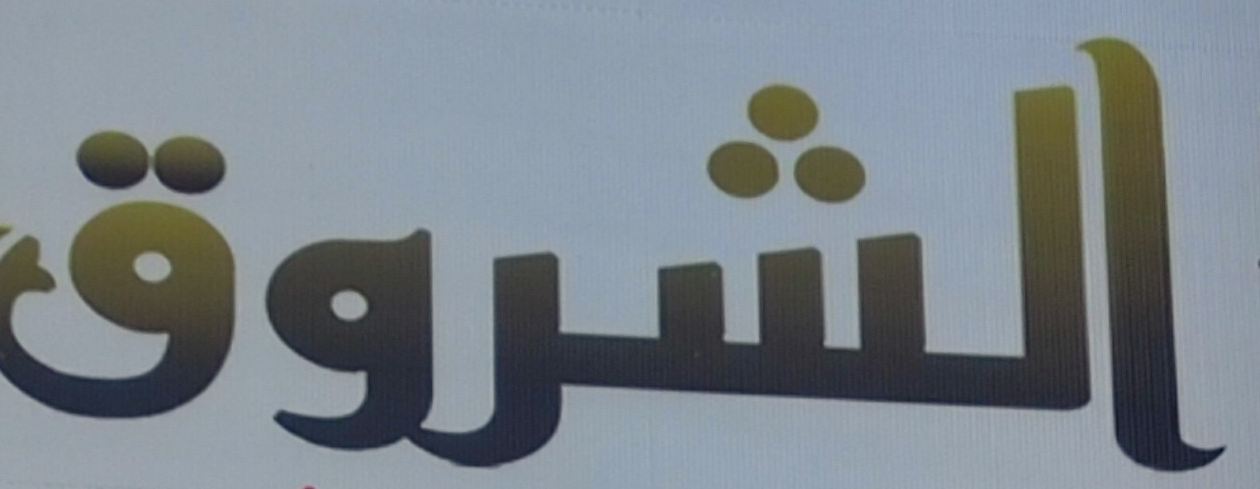
الشروق